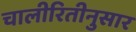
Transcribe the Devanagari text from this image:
चालीरितीनुसार